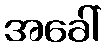
အခေါ်